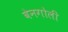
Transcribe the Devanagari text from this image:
वेनगोली